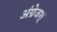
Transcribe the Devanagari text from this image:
अंग्रेजश्